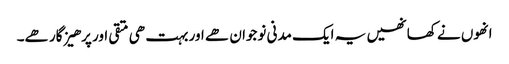
انھوں نے کھا نھیں یہ ایک مدنی نوجوان ھے اور بہت ھی متقی اور پرھیز گار ھے۔